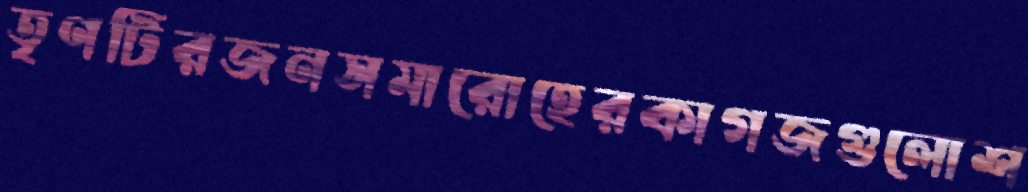
তৃণটিরজনসমারোহেরকাগজগুলোশ